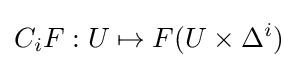
C_{i}F:U\mapsto F(U\times \Delta ^{i})